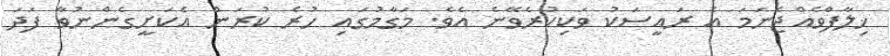
ޚިލާފްވެއްޖެނަމަ އެ ރައީސަކު ވަކިކުރެވޭނެ އެވެ. މަގާމުގައި ހުރެ ކުރަން އެކަށީގެންނުވާ ފަދަ